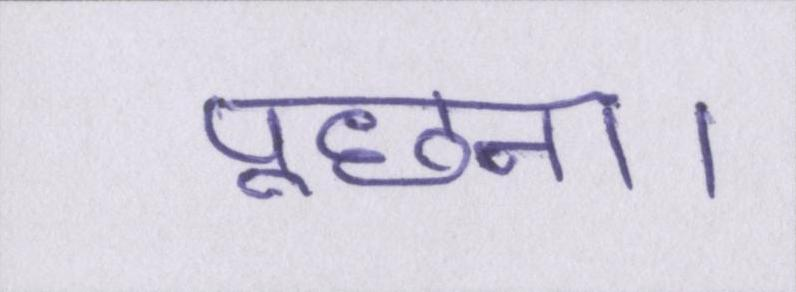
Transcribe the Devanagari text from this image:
पूछना।